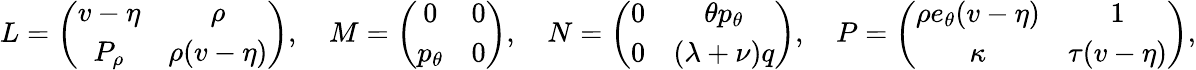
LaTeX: \begin{array}{r}{L=\left(\begin{array}{cc}{v-\eta}&{\rho}\\ {P_{\rho}}&{\rho(v-\eta)}\end{array}\right),\quad M=\left(\begin{array}{cc}{0}&{0}\\ {p_{\theta}}&{0}\end{array}\right),\quad N=\left(\begin{array}{cc}{0}&{\theta p_{\theta}}\\ {0}&{(\lambda+\nu)q}\end{array}\right),\quad P=\left(\begin{array}{cc}{\rho e_{\theta}(v-\eta)}&{1}\\ {\kappa}&{\tau(v-\eta)}\end{array}\right),}\end{array}